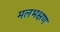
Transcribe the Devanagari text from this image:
मलभक्षण